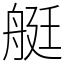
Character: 艇